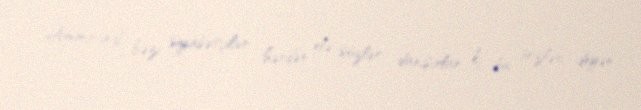
Amma indi bəzi siyasətçilər hərdən elə sözlər danışırlar ki, bu sözləri deyən